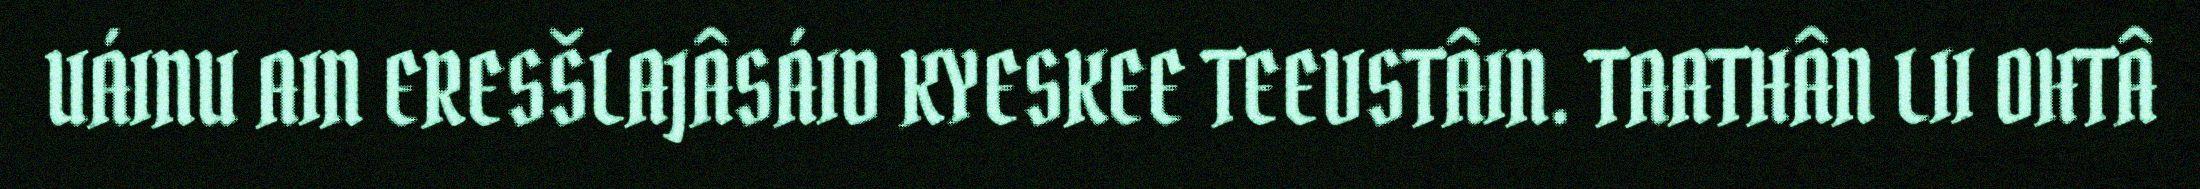
UÁINU AIN ERESŠLAJÂSÁID KYESKEE TEEVSTÂIN. TAATHÂN LII OHTÂ